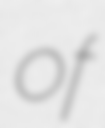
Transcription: of